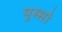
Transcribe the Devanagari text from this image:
पुस्सो